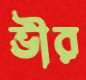
ভীর